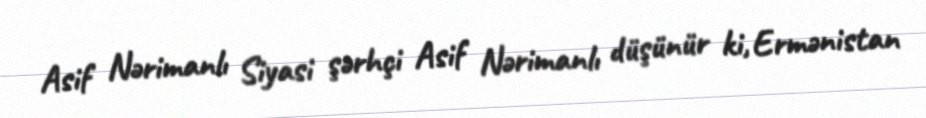
Asif Nərimanlı Siyasi şərhçi Asif Nərimanlı düşünür ki, Ermənistan